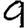
Digit: 9